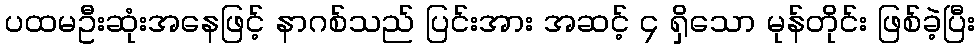
ပထမဦးဆုံးအနေဖြင့် နာဂစ်သည် ပြင်းအား အဆင့် ၄ ရှိသော မုန်တိုင်း ဖြစ်ခဲ့ပြီး